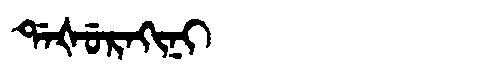
Manchu: ᡩᠠᡧᡠᡵᠠᡴᡳᠨᡳ
Romanization: DAŠURAKINI